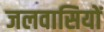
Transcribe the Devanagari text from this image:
जलवासियों